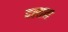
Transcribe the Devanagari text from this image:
दलाम